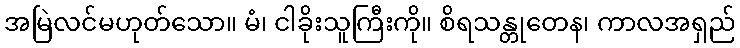
အမြဲလင်မဟုတ်သော။ မံ၊ ငါခိုးသူကြီးကို။ စိရသန္တုတေန၊ ကာလအရှည်